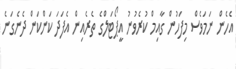
އެހެން ނަމަވެސް މިފަހުން ގާއިމް ކުރެވުނު އީޕޯޓަލްގެ ތެރެއިން އެފަދަ ކަންކަން ދެނެގަނެ